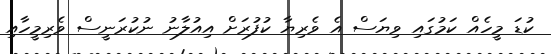
ކުޑަ މީހެއް ކަމުގައި ވިޔަސް އެ ވެރިޔާ ކުފުރަށް އިއުލާނު ނުކުރަނީސް ވެރިމީހާއި